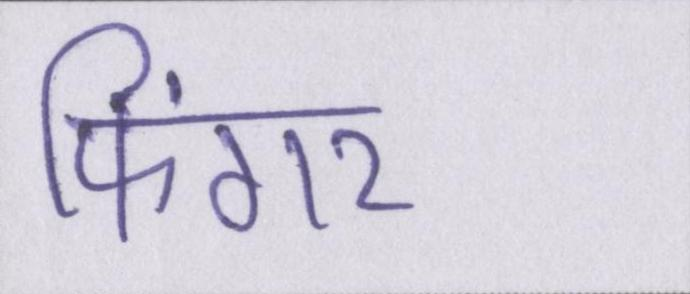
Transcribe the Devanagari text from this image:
फिंगर